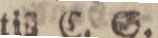
till C. S.